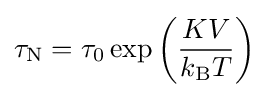
\tau _{\text{N}}=\tau _{0}\exp \left({\frac {KV}{k_{\text{B}}T}}\right)